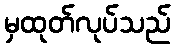
မှထုတ်လုပ်သည်